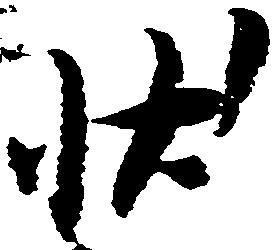
状